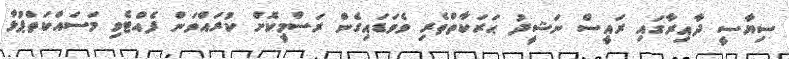
ސިޔާސީ ދާއިރާގައި ރައީސް ނަޝީދު ޙަރަކާތްތެރި ވެވަޑައިގެން ރަސްމީކޮށް ކުރައްވަން ފެއްޓެވި މަސައްކަތްޕުޅާ